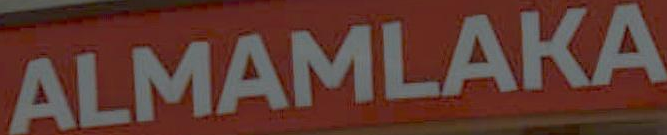
ALMAMLAKA